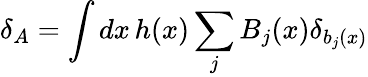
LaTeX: \delta_{A}=\int dx\, h(x)\sum_{j}B_{j}(x)\delta_{b_{j}(x)}